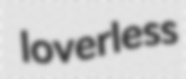
loverless